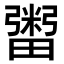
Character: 𤳕